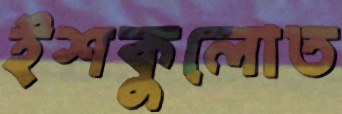
ইশকুলোত